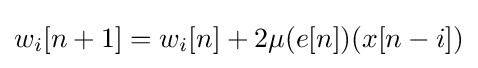
w_{i}[n+1]=w_{i}[n]+2\mu (e[n])(x[n-i])